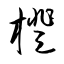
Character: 橙